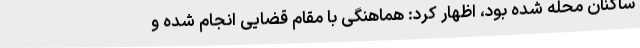
ساکنان محله شده بود، اظهار کرد: هماهنگی با مقام قضایی انجام شده و